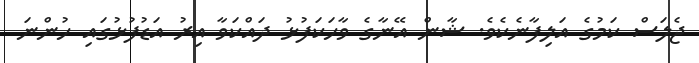
ޖެލަސް ކަމުގެ އަލިފާނެކެވެ. ޝާން އޭނާގެ ވާހަކަފުޅު ދައްކަވާ އިރު އަޑުފުޅުގައި ހުންނަ